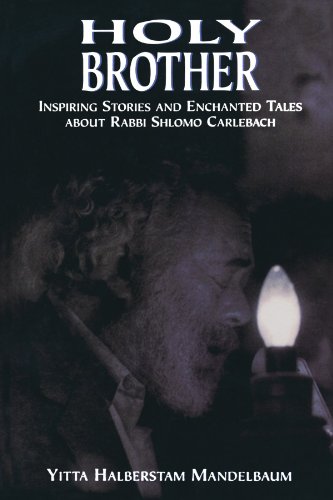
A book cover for Holy Brother: Inspiring Stories and Enchanted Tales about Rabbi Shlomo Carlebach; Yitta Halberstam Mandelbaum; Religion & Spirituality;